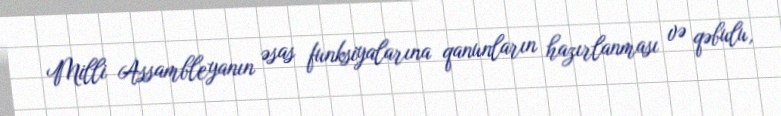
Milli Assambleyanın əsas funksiyalarına qanunların hazırlanması və qəbulu,